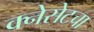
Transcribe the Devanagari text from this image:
क्नेसेटचा